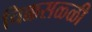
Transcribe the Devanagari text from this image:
चिक्कसळ्ळी